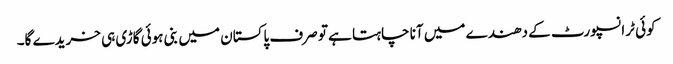
کوئی ٹرانسپورٹ کے دھندے میں آنا چاہتا ہے تو صرف پاکستان میں بنی ہوئی گاڑی ہی خریدے گا۔